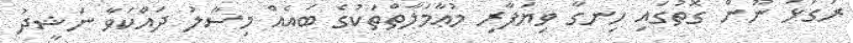
ރަގަޅު ނޫން ގޮތުގައި ހިނގާ ވިޔަފާރި މުޢާމަލާތްތަކުގެ ބައެއް މިސާލު ދައްކަވާ ނަޝީދު